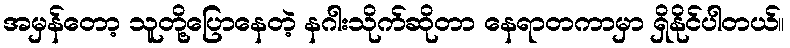
အမှန်တော့ သူတို့ပြောနေတဲ့ နဂါးသိုက်ဆိုတာ နေရာတကာမှာ ရှိနိုင်ပါတယ်။